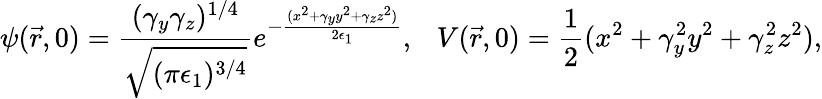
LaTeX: \psi(\vec{r},0)=\frac{(\gamma_{y}\gamma_{z})^{1/4}}{\sqrt{(\pi\epsilon_{1})^{3/4}}}e^{-\frac{(x^{2}+\gamma_{y}y^{2}+\gamma_{z}z^{2})}{2\epsilon_{1}}},\ \ \ V(\vec{r},0)=\frac{1}{2}(x^{2}+\gamma_{y}^{2}y^{2}+\gamma_{z}^{2}z^{2}),